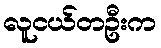
လူငယ်တဦးက